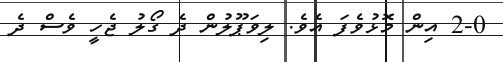
2-0 އިން މޮޅުވެފަ އެވެ. ލިވަޕޫލުން ދެ ގޯލު ޖެހީ ވެސް ދެ